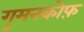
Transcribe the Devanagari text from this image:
गुमनकोफ़